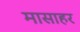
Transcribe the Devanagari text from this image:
मासाहर